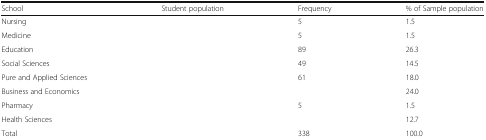
<table><thead><tr><td><b>School</b></td><td><b>Student population</b></td><td><b>Frequency</b></td><td><b>% of Sample population</b></td></tr></thead><tbody><tr><td>Nursing</td><td>[EMPTY_CELL]</td><td>5</td><td>1.5</td></tr><tr><td>Medicine</td><td>[EMPTY_CELL]</td><td>5</td><td>1.5</td></tr><tr><td>Education</td><td>[EMPTY_CELL]</td><td>89</td><td>26.3</td></tr><tr><td>Social Sciences</td><td>[EMPTY_CELL]</td><td>49</td><td>14.5</td></tr><tr><td>Pure and Applied Sciences</td><td>[EMPTY_CELL]</td><td>61</td><td>18.0</td></tr><tr><td>Business and Economics</td><td>[EMPTY_CELL]</td><td>[EMPTY_CELL]</td><td>24.0</td></tr><tr><td>Pharmacy</td><td>[EMPTY_CELL]</td><td>5</td><td>1.5</td></tr><tr><td>Health Sciences</td><td>[EMPTY_CELL]</td><td>[EMPTY_CELL]</td><td>12.7</td></tr><tr><td>Total</td><td>[EMPTY_CELL]</td><td>338</td><td>100.0</td></tr></tbody></table>